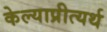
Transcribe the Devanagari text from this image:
केल्याप्रीत्यर्थ